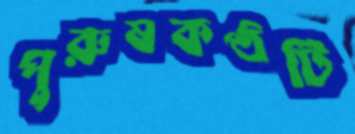
পুরুষকণ্ঠটি